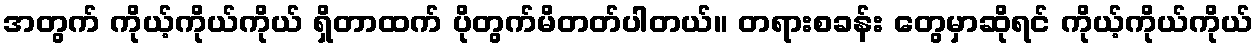
အတွက် ကိုယ့်ကိုယ်ကိုယ် ရှိတာထက် ပိုတွက်မိတတ်ပါတယ်။ တရားစခန်း တွေမှာဆိုရင် ကိုယ့်ကိုယ်ကိုယ်